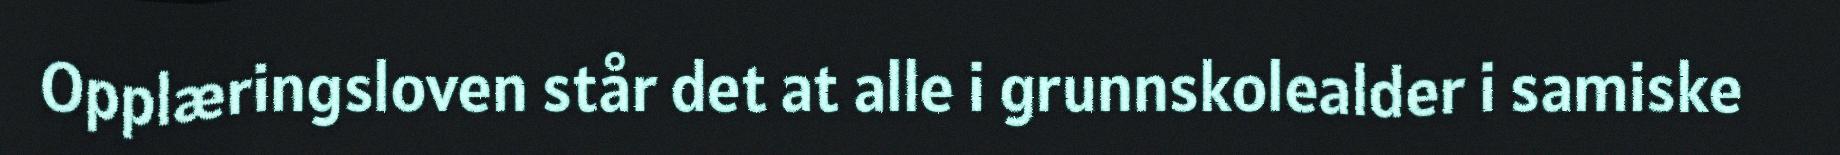
Opplæringsloven står det at alle i grunnskolealder i samiske